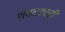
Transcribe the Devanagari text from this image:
शयनकाळी